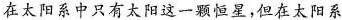
在太阳系中只有太阳这一颗恒星，但在太阳系